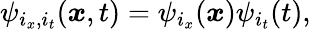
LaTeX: \psi_{i_{x},i_{t}}(\boldsymbol{x},t)=\psi_{i_{x}}(\boldsymbol{x})\psi_{i_{t}}(t),